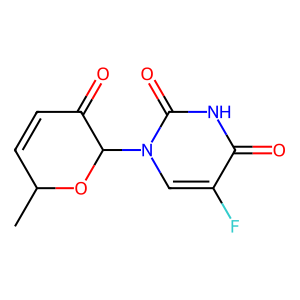
SMILES: CC1C=CC(=O)C(n2cc(F)c(=O)[nH]c2=O)O1
Inhibits HIV replication: No